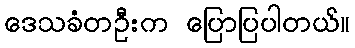
ဒေသခံတဦးက ပြောပြပါတယ်။